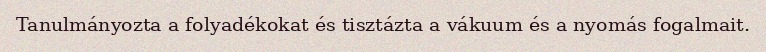
Tanulmányozta a folyadékokat és tisztázta a vákuum és a nyomás fogalmait.